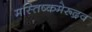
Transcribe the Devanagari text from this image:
मस्तिष्कमेरूद्रव